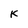
Character: K